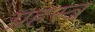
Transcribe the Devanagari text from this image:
प्रहस्त्र